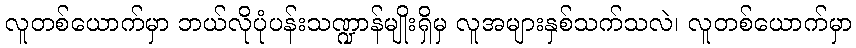
လူတစ်ယောက်မှာ ဘယ်လိုပုံပန်းသဏ္ဍာန်မျိုးရှိမှ လူအများနှစ်သက်သလဲ၊ လူတစ်ယောက်မှာ